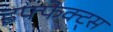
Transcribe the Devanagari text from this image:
इफ्फेक्ट्स